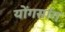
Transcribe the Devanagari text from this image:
योंगसांग